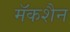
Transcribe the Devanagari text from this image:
मॅकशैन